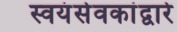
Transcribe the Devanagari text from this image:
स्वयंसेवकांद्वारे